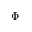
\Phi